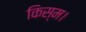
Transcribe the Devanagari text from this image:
किस्म।